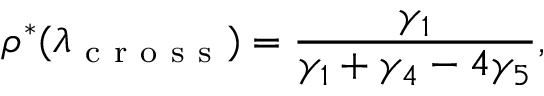
\rho ^ { * } ( \lambda _ { \mathrm { ~ c ~ r ~ o ~ s ~ s ~ } } ) = \frac { \gamma _ { 1 } } { \gamma _ { 1 } + \gamma _ { 4 } - 4 \gamma _ { 5 } } ,